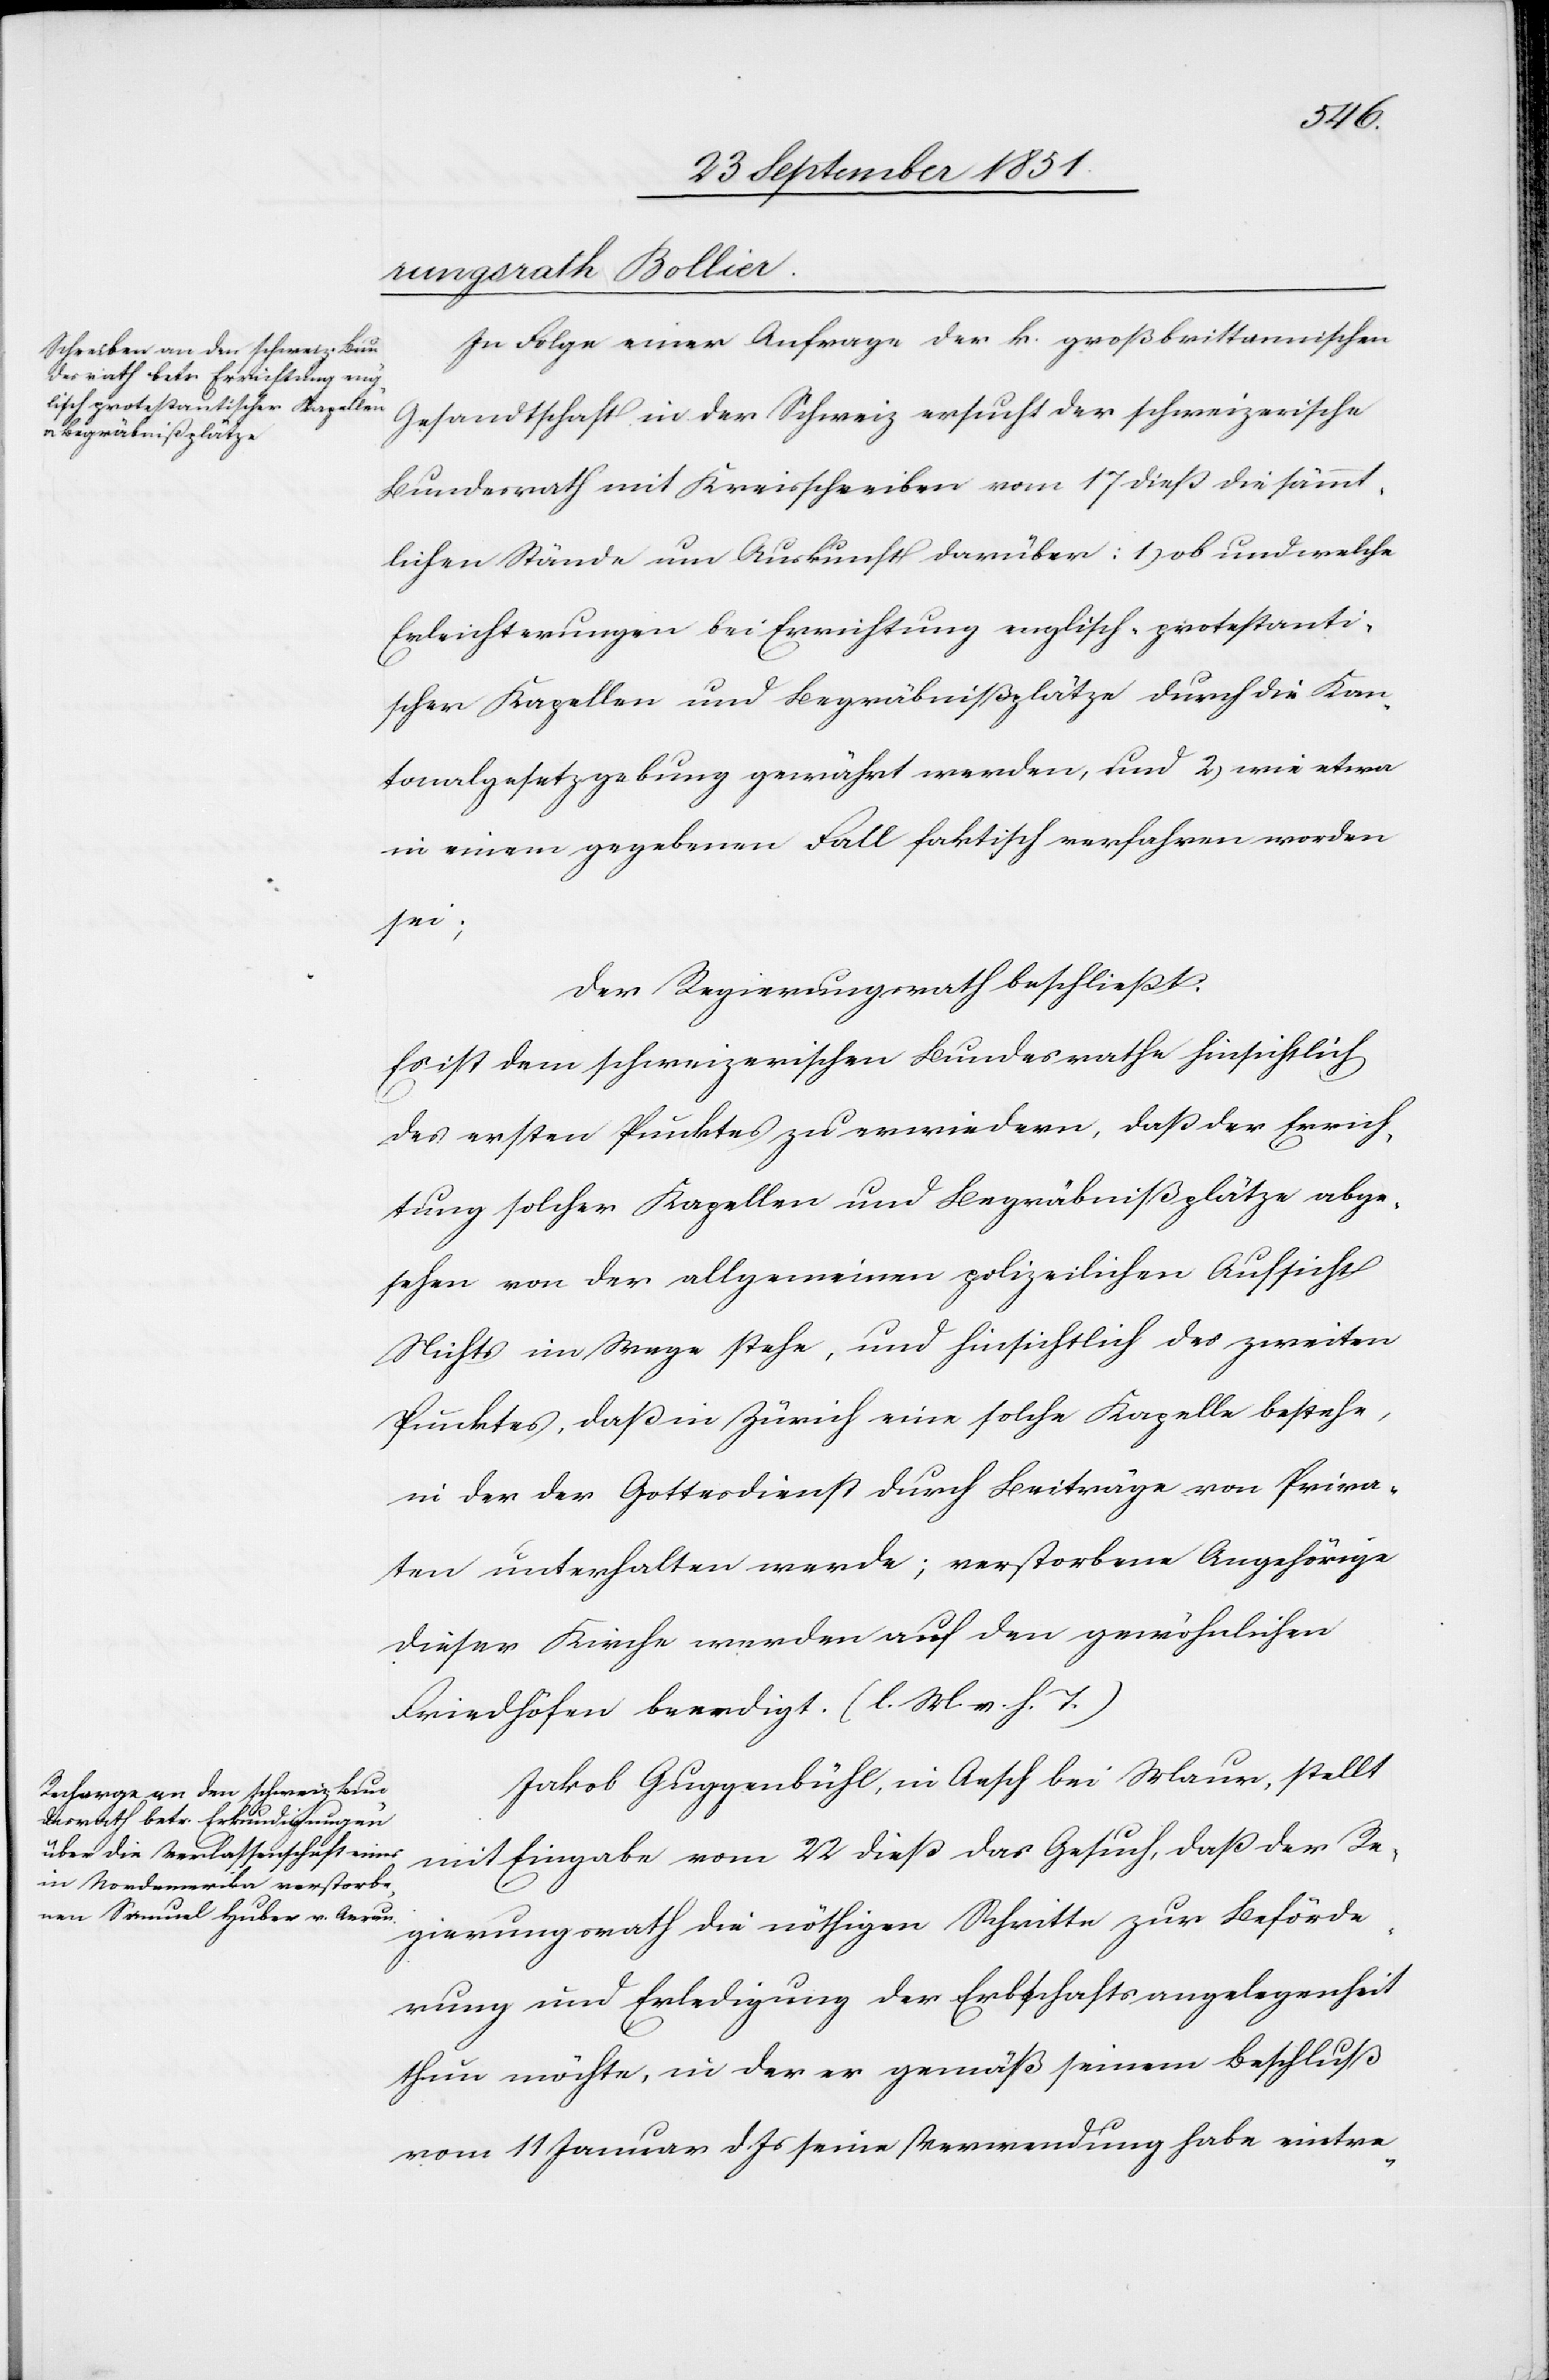
In Folge einer Anfrage der k. großbrittannischen
Gesandtschaft in der Schweiz ersucht der schweizerische
Bundesrath mit Kreisschreiben vom 17 dieß die sämmt¬
lichen Stände um Auskunft darüber: 1) ob und welche
Erleichterungen bei Errichtung englisch-protestanti¬
scher Kapellen und Begräbnißplätze durch die Kan¬
tonalgesetzgebung gewährt werden, und 2) wie etwa
in einem gegebenen Fall faktisch verfahren worden
sei;
Der Regierungsrath beschließt:
Es ist dem schweizerischen Bundesrathe hinsichtlich
des ersten Punktes zu erwiedern, daß der Errich¬
tung solcher Kapellen und Begräbnißplätze abge¬
sehen von der allgemeinen polizeilichen Aufsicht
Nichts im Wege stehe, und hinsichtlich des zweiten
Punktes, daß in Zürich eine solche Kapelle bestehe,
in der der Gottesdienst durch Beiträge von Priva¬
ten unterhalten werde; verstorbene Angehörige
dieser Kirche werden auf den gewöhnlichen
Friedhöfen beerdigt. (l. M. v. h. T.)
Jakob Guggenbühl, in Aesch bei Maur, stellt
mit Eingabe vom 22 dieß das Gesuch, daß der Re¬
gierungsrath die nöthigen Schritte zur Beförde¬
rung und Erledigung der Erbschaftsangelegenheit
thun möchte, in der er gemäß seinem Beschluß
vom 11 Januar d. Js seine Verwendung habe eintre-